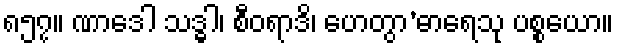
၈၅၇။ ဏာဒေါ သဒ္ဓါ၊ စီဝရာဒိ၊ ဟေတွာ’ဓာရေသု ပစ္စယော။